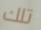
تلك